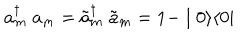
a _ { m } ^ { \dagger } \; a _ { m } = \tilde { a } _ { m } ^ { \dagger } \; \tilde { a } _ { m } = 1 - \mid 0 \rangle \langle 0 \mid